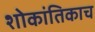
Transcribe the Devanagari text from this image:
शोकांतिकाच